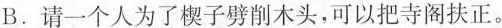
B.请一个人为了楔子劈削木头，可以把寺阁扶正。